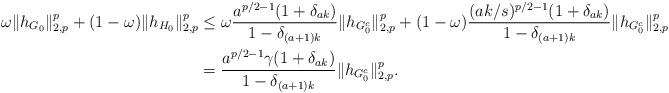
LaTeX: \begin{align*}\omega\lVert h_{G_0}\rVert_{2,p}^p+(1-\omega)\lVert h_{H_0}\rVert_{2,p}^p&\leq \omega\frac{a^{p/2-1}(1+\delta_{ak})}{1-\delta_{(a+1)k}}\lVert h_{G_0^c}\rVert_{2,p}^p+(1-\omega)\frac{(ak/s)^{p/2-1}(1+\delta_{ak})}{1-\delta_{(a+1)k}}\lVert h_{G_0^c}\rVert_{2,p}^p \\&=\frac{a^{p/2-1}\gamma(1+\delta_{ak})}{1-\delta_{(a+1)k}}\lVert h_{G_0^c}\rVert_{2,p}^p.\end{align*}